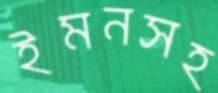
ইমনসহ